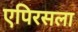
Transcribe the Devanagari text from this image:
एपिरसला